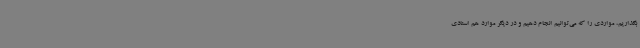
بگذاریم، مواردی را که می‌توانیم انجام دهیم و در دیگر موارد هم اسنادی